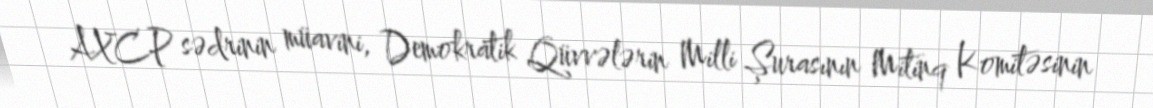
AXCP sədrinin müavini, Demokratik Qüvvələrin Milli Şurasının Mitinq Komitəsinin